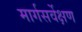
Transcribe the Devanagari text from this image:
मार्गसर्वेक्षण